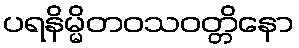
ပရနိမ္မိတဝသဝတ္တိနော